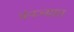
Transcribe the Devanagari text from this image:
पंनज्यात